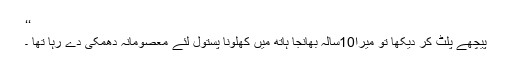
‘‘
پیچھے پلٹ کر دیکھا تو میرا10سالہ بھانجا ہاتھ میں کھلونا پستول لئے معصومانہ دھمکی دے رہا تھا ۔